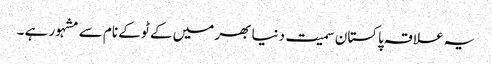
یہ علاقہ پاکستان سمیت دنیا بھر میں کے ٹو کے نام سے مشہور ہے ۔